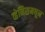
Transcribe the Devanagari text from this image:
व्हेनिसमधून